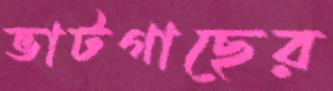
ভাটগাছের